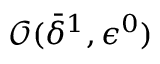
{ \mathcal O } ( \bar { \delta } ^ { 1 } , { \epsilon } ^ { 0 } )